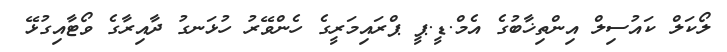
ލޯކަލް ކައުސިލް އިންތިޚާބުގެ އެމް.ޑީ.ޕީ ޕްރައިމަރީގެ ހެންވޭރު ހުޅަނގު ދާއިރާގެ ވޯޓާއިގުޅޭ